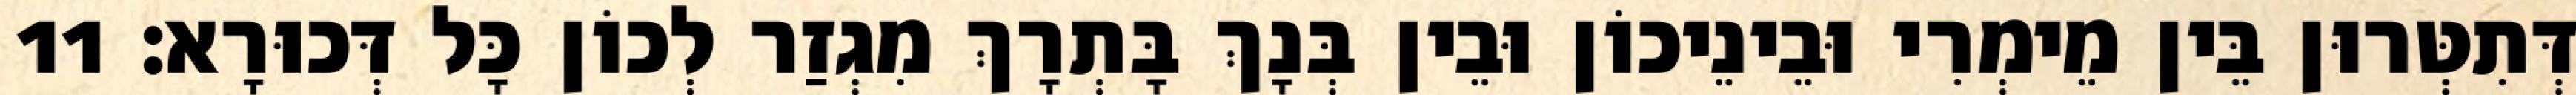
דְּתִטְּרוּן בֵּין מֵימְרִי וּבֵינֵיכוֹן וּבֵין בְּנָךְ בָּתְרָךְ מִגְזַר לְכוֹן כָּל דְּכוּרָא׃ 11